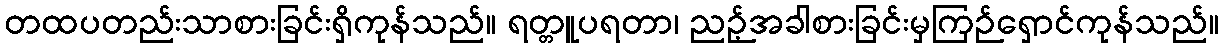
တထပတည်းသာစားခြင်းရှိကုန်သည်။ ရတ္တူပရတာ၊ ညဉ့်အခါစားခြင်းမှကြဉ်ရှောင်ကုန်သည်။